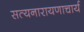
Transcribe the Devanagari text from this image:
सत्यनारायणाचार्य